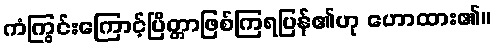
ကံကြွင်းကြောင့်ပြိတ္တာဖြစ်ကြရပြန်၏ဟု ဟောထား၏။